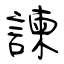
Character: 諫